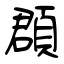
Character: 頵